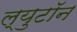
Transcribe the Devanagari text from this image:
ल्युटॉन